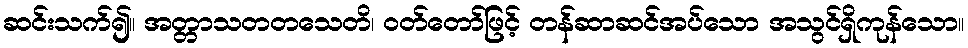
ဆင်းသက်၍။ အတ္တာသတတသေတိ၊ ဝတ်တော်ဖြင့် တန်ဆာဆင်အပ်သော အသွင်ရှိကုန်သော။